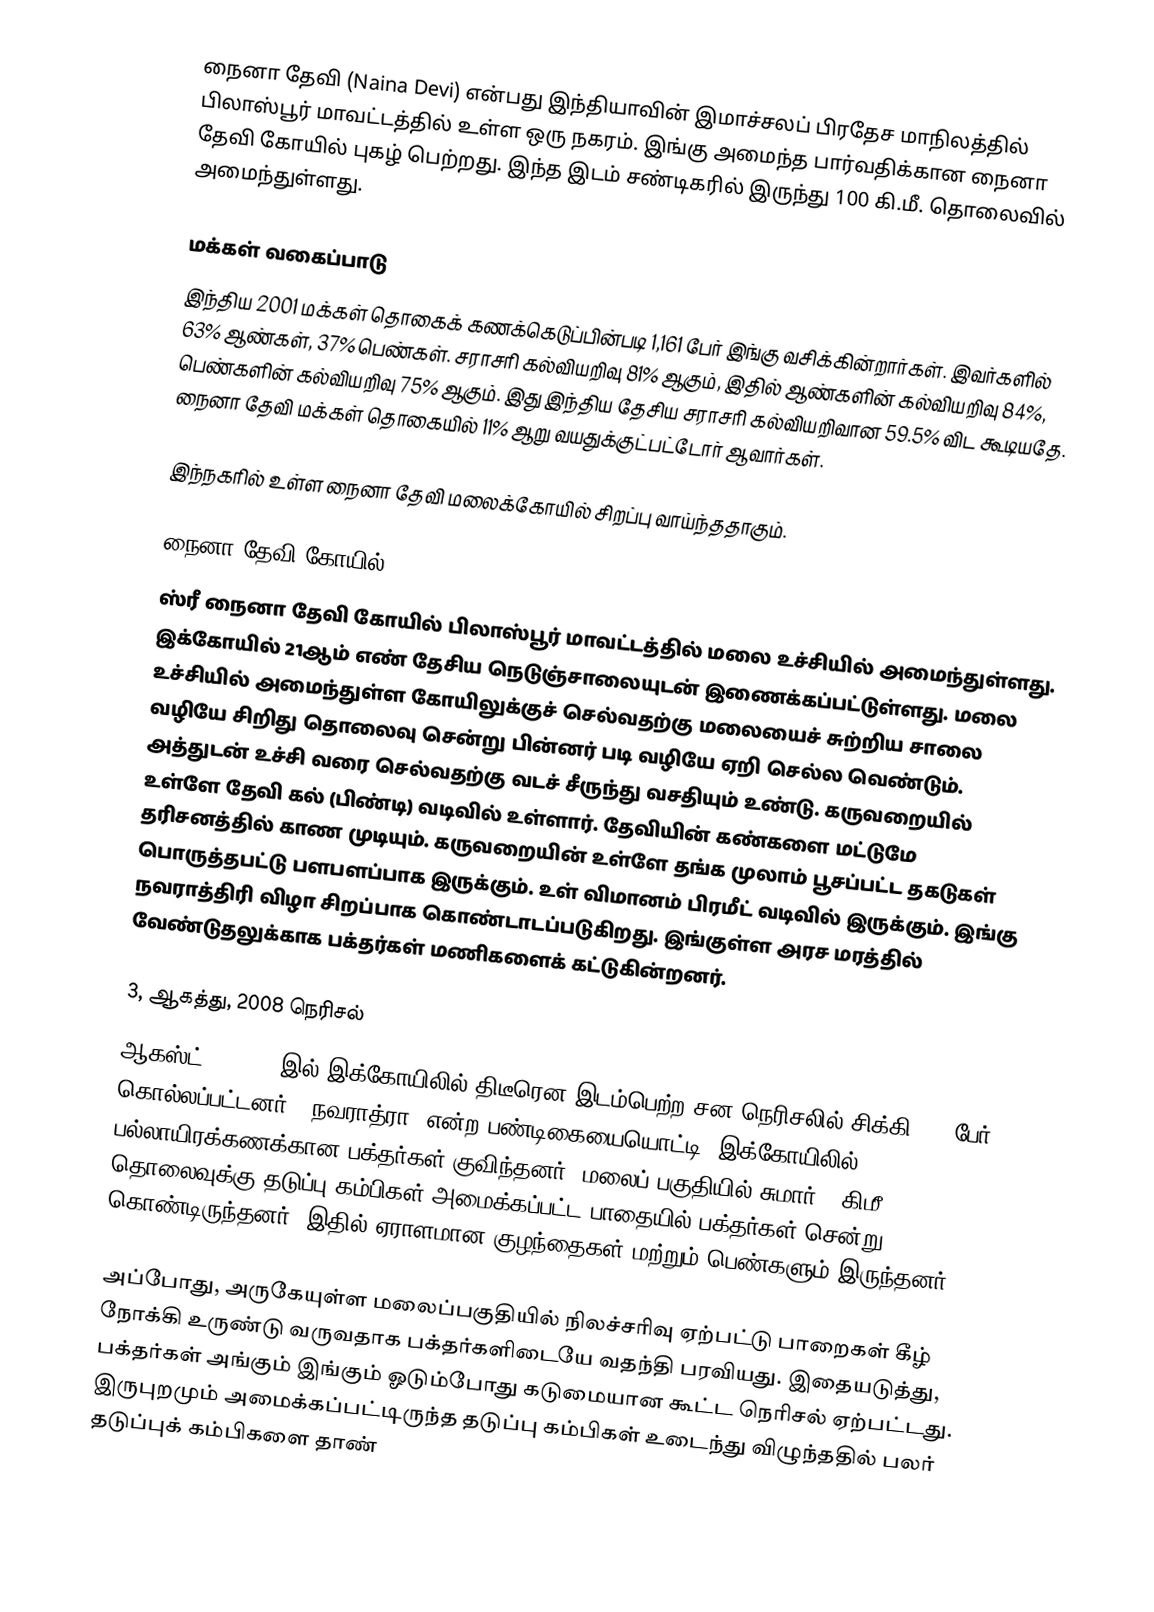
நைனா தேவி (Naina Devi) என்பது இந்தியாவின் இமாச்சலப் பிரதேச மாநிலத்தில்  பிலாஸ்பூர் மாவட்டத்தில் உள்ள ஒரு நகரம். இங்கு அமைந்த பார்வதிக்கான நைனா தேவி கோயில் புகழ் பெற்றது. இந்த இடம் சண்டிகரில் இருந்து 100 கி.மீ. தொலைவில் அமைந்துள்ளது.

மக்கள் வகைப்பாடு
இந்திய 2001 மக்கள் தொகைக் கணக்கெடுப்பின்படி 1,161 பேர் இங்கு வசிக்கின்றார்கள். இவர்களில் 63% ஆண்கள், 37% பெண்கள். சராசரி கல்வியறிவு 81% ஆகும், இதில் ஆண்களின் கல்வியறிவு 84%,  பெண்களின் கல்வியறிவு 75% ஆகும். இது இந்திய தேசிய சராசரி கல்வியறிவான 59.5% விட கூடியதே. நைனா தேவி மக்கள் தொகையில் 11%  ஆறு வயதுக்குட்பட்டோர் ஆவார்கள்.

இந்நகரில் உள்ள நைனா தேவி மலைக்கோயில் சிறப்பு வாய்ந்ததாகும்.

நைனா தேவி கோயில்
ஸ்ரீ நைனா தேவி கோயில் பிலாஸ்பூர் மாவட்டத்தில் மலை உச்சியில் அமைந்துள்ளது. இக்கோயில் 21ஆம் எண் தேசிய நெடுஞ்சாலையுடன் இணைக்கப்பட்டுள்ளது. மலை உச்சியில் அமைந்துள்ள கோயிலுக்குச் செல்வதற்கு மலையைச் சுற்றிய சாலை வழியே சிறிது தொலைவு சென்று பின்னர் படி வழியே ஏறி செல்ல வெண்டும். அத்துடன் உச்சி வரை செல்வதற்கு வடச் சீருந்து வசதியும் உண்டு. கருவறையில் உள்ளே தேவி கல் (பிண்டி) வடிவில் உள்ளார். தேவியின் கண்களை மட்டுமே தரிசனத்தில் காண முடியும். கருவறையின் உள்ளே தங்க முலாம் பூசப்பட்ட தகடுகள் பொருத்தபட்டு பளபளப்பாக இருக்கும். உள் விமானம் பிரமீட் வடிவில் இருக்கும். இங்கு நவராத்திரி விழா சிறப்பாக கொண்டாடப்படுகிறது. இங்குள்ள அரச மரத்தில் வேண்டுதலுக்காக பக்தர்கள் மணிகளைக் கட்டுகின்றனர்.

3, ஆகத்து, 2008 நெரிசல்
ஆகஸ்ட் 3, 2008 இல் இக்கோயிலில் திடீரென இடம்பெற்ற சன நெரிசலில் சிக்கி 146 பேர் கொல்லப்பட்டனர். 'நவராத்ரா' என்ற பண்டிகையையொட்டி, இக்கோயிலில் பல்லாயிரக்கணக்கான பக்தர்கள் குவிந்தனர். மலைப் பகுதியில் சுமார் 4 கிமீ தொலைவுக்கு தடுப்பு கம்பிகள் அமைக்கப்பட்ட பாதையில் பக்தர்கள் சென்று கொண்டிருந்தனர். இதில் ஏராளமான குழந்தைகள் மற்றும் பெண்களும் இருந்தனர்.

அப்போது, அருகேயுள்ள மலைப்பகுதியில் நிலச்சரிவு ஏற்பட்டு பாறைகள் கீழ் நோக்கி உருண்டு வருவதாக பக்தர்களிடையே வதந்தி பரவியது. இதையடுத்து, பக்தர்கள் அங்கும் இங்கும் ஓடும்போது கடுமையான கூட்ட நெரிசல் ஏற்பட்டது. இருபுறமும் அமைக்கப்பட்டிருந்த தடுப்பு கம்பிகள் உடைந்து விழுந்ததில் பலர் தடுப்புக் கம்பிகளை தாண்